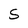
Character: S